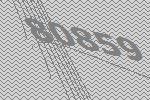
80859